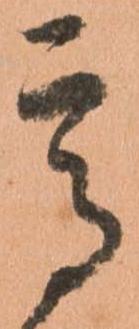
高